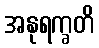
အနုရက္ခတိ